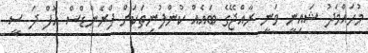
މުހައްމަދު ޝައިނީ ވަނީ ރާއްޖޭގެ ބައެއް ކުންފުނިތަކަށް ފްރެންޑްސް އޮފް ދަ ސީ